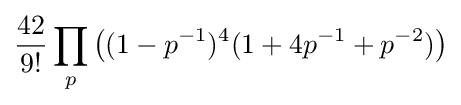
{\frac {42}{9!}}\prod _{p}\left((1-p^{-1})^{4}(1+4p^{-1}+p^{-2})\right)